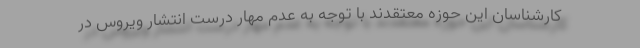
کارشناسان این حوزه معتقدند با توجه به عدم مهار درست انتشار ویروس در